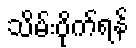
သိမ်းပိုက်ရန်